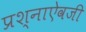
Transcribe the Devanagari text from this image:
प्रश्नाऐवजी